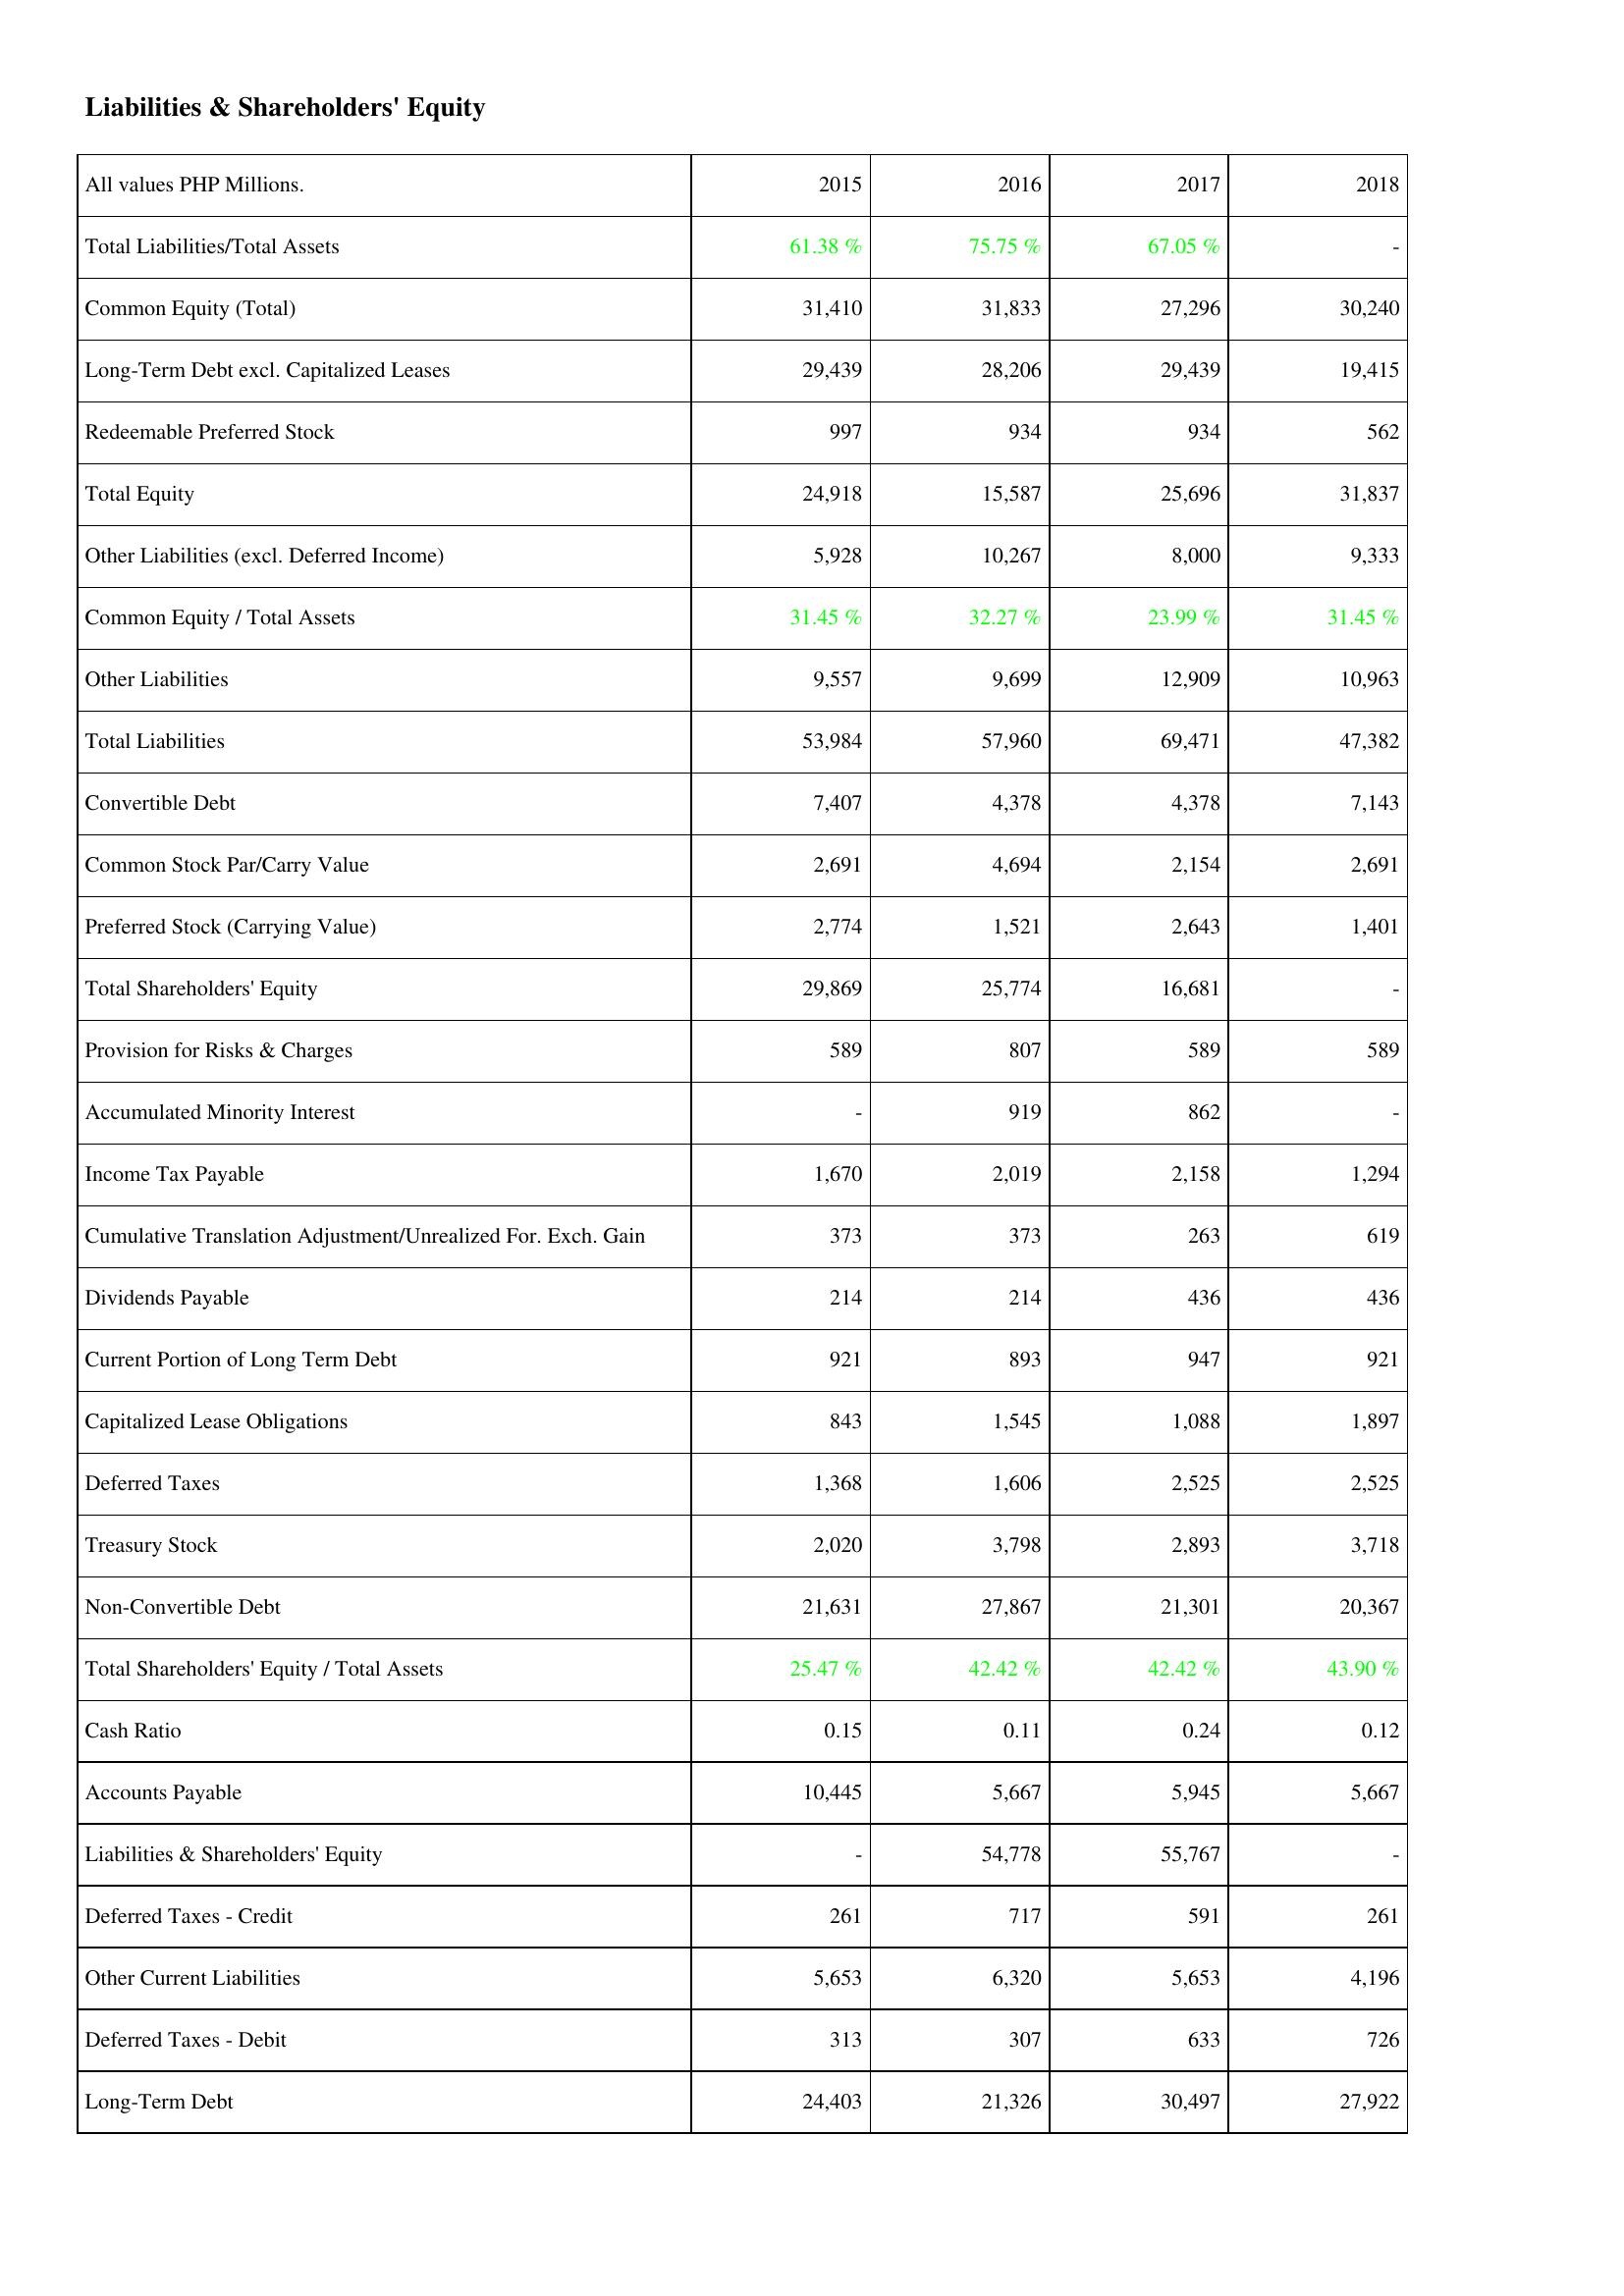
2015: Liabilities & Shareholders' Equity: Total Liabilities/Total Assets: 61.38 %
Common Equity (Total): 31,410
Long-Term Debt excl. Capitalized Leases: 29,439
Redeemable Preferred Stock: 997
Total Equity: 24,918
Other Liabilities (excl. Deferred Income): 5,928
Common Equity / Total Assets: 31.45 %
Other Liabilities: 9,557
Total Liabilities: 53,984
Convertible Debt: 7,407
Common Stock Par/Carry Value: 2,691
Preferred Stock (Carrying Value): 2,774
Total Shareholders' Equity: 29,869
Provision for Risks & Charges: 589
Accumulated Minority Interest: -
Income Tax Payable: 1,670
Cumulative Translation Adjustment/Unrealized For. Exch. Gain: 373
Dividends Payable: 214
Current Portion of Long Term Debt: 921
Capitalized Lease Obligations: 843
Deferred Taxes: 1,368
Treasury Stock: 2,020
Non-Convertible Debt: 21,631
Total Shareholders' Equity / Total Assets: 25.47 %
Cash Ratio: 0.15
Accounts Payable: 10,445
Liabilities & Shareholders' Equity: -
Deferred Taxes - Credit: 261
Other Current Liabilities: 5,653
Deferred Taxes - Debit: 313
Long-Term Debt: 24,403
2016: Liabilities & Shareholders' Equity: Total Liabilities/Total Assets: 75.75 %
Common Equity (Total): 31,833
Long-Term Debt excl. Capitalized Leases: 28,206
Redeemable Preferred Stock: 934
Total Equity: 15,587
Other Liabilities (excl. Deferred Income): 10,267
Common Equity / Total Assets: 32.27 %
Other Liabilities: 9,699
Total Liabilities: 57,960
Convertible Debt: 4,378
Common Stock Par/Carry Value: 4,694
Preferred Stock (Carrying Value): 1,521
Total Shareholders' Equity: 25,774
Provision for Risks & Charges: 807
Accumulated Minority Interest: 919
Income Tax Payable: 2,019
Cumulative Translation Adjustment/Unrealized For. Exch. Gain: 373
Dividends Payable: 214
Current Portion of Long Term Debt: 893
Capitalized Lease Obligations: 1,545
Deferred Taxes: 1,606
Treasury Stock: 3,798
Non-Convertible Debt: 27,867
Total Shareholders' Equity / Total Assets: 42.42 %
Cash Ratio: 0.11
Accounts Payable: 5,667
Liabilities & Shareholders' Equity: 54,778
Deferred Taxes - Credit: 717
Other Current Liabilities: 6,320
Deferred Taxes - Debit: 307
Long-Term Debt: 21,326
2017: Liabilities & Shareholders' Equity: Total Liabilities/Total Assets: 67.05 %
Common Equity (Total): 27,296
Long-Term Debt excl. Capitalized Leases: 29,439
Redeemable Preferred Stock: 934
Total Equity: 25,696
Other Liabilities (excl. Deferred Income): 8,000
Common Equity / Total Assets: 23.99 %
Other Liabilities: 12,909
Total Liabilities: 69,471
Convertible Debt: 4,378
Common Stock Par/Carry Value: 2,154
Preferred Stock (Carrying Value): 2,643
Total Shareholders' Equity: 16,681
Provision for Risks & Charges: 589
Accumulated Minority Interest: 862
Income Tax Payable: 2,158
Cumulative Translation Adjustment/Unrealized For. Exch. Gain: 263
Dividends Payable: 436
Current Portion of Long Term Debt: 947
Capitalized Lease Obligations: 1,088
Deferred Taxes: 2,525
Treasury Stock: 2,893
Non-Convertible Debt: 21,301
Total Shareholders' Equity / Total Assets: 42.42 %
Cash Ratio: 0.24
Accounts Payable: 5,945
Liabilities & Shareholders' Equity: 55,767
Deferred Taxes - Credit: 591
Other Current Liabilities: 5,653
Deferred Taxes - Debit: 633
Long-Term Debt: 30,497
2018: Liabilities & Shareholders' Equity: Total Liabilities/Total Assets: -
Common Equity (Total): 30,240
Long-Term Debt excl. Capitalized Leases: 19,415
Redeemable Preferred Stock: 562
Total Equity: 31,837
Other Liabilities (excl. Deferred Income): 9,333
Common Equity / Total Assets: 31.45 %
Other Liabilities: 10,963
Total Liabilities: 47,382
Convertible Debt: 7,143
Common Stock Par/Carry Value: 2,691
Preferred Stock (Carrying Value): 1,401
Total Shareholders' Equity: -
Provision for Risks & Charges: 589
Accumulated Minority Interest: -
Income Tax Payable: 1,294
Cumulative Translation Adjustment/Unrealized For. Exch. Gain: 619
Dividends Payable: 436
Current Portion of Long Term Debt: 921
Capitalized Lease Obligations: 1,897
Deferred Taxes: 2,525
Treasury Stock: 3,718
Non-Convertible Debt: 20,367
Total Shareholders' Equity / Total Assets: 43.90 %
Cash Ratio: 0.12
Accounts Payable: 5,667
Liabilities & Shareholders' Equity: -
Deferred Taxes - Credit: 261
Other Current Liabilities: 4,196
Deferred Taxes - Debit: 726
Long-Term Debt: 27,922